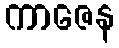
ကာဇေန